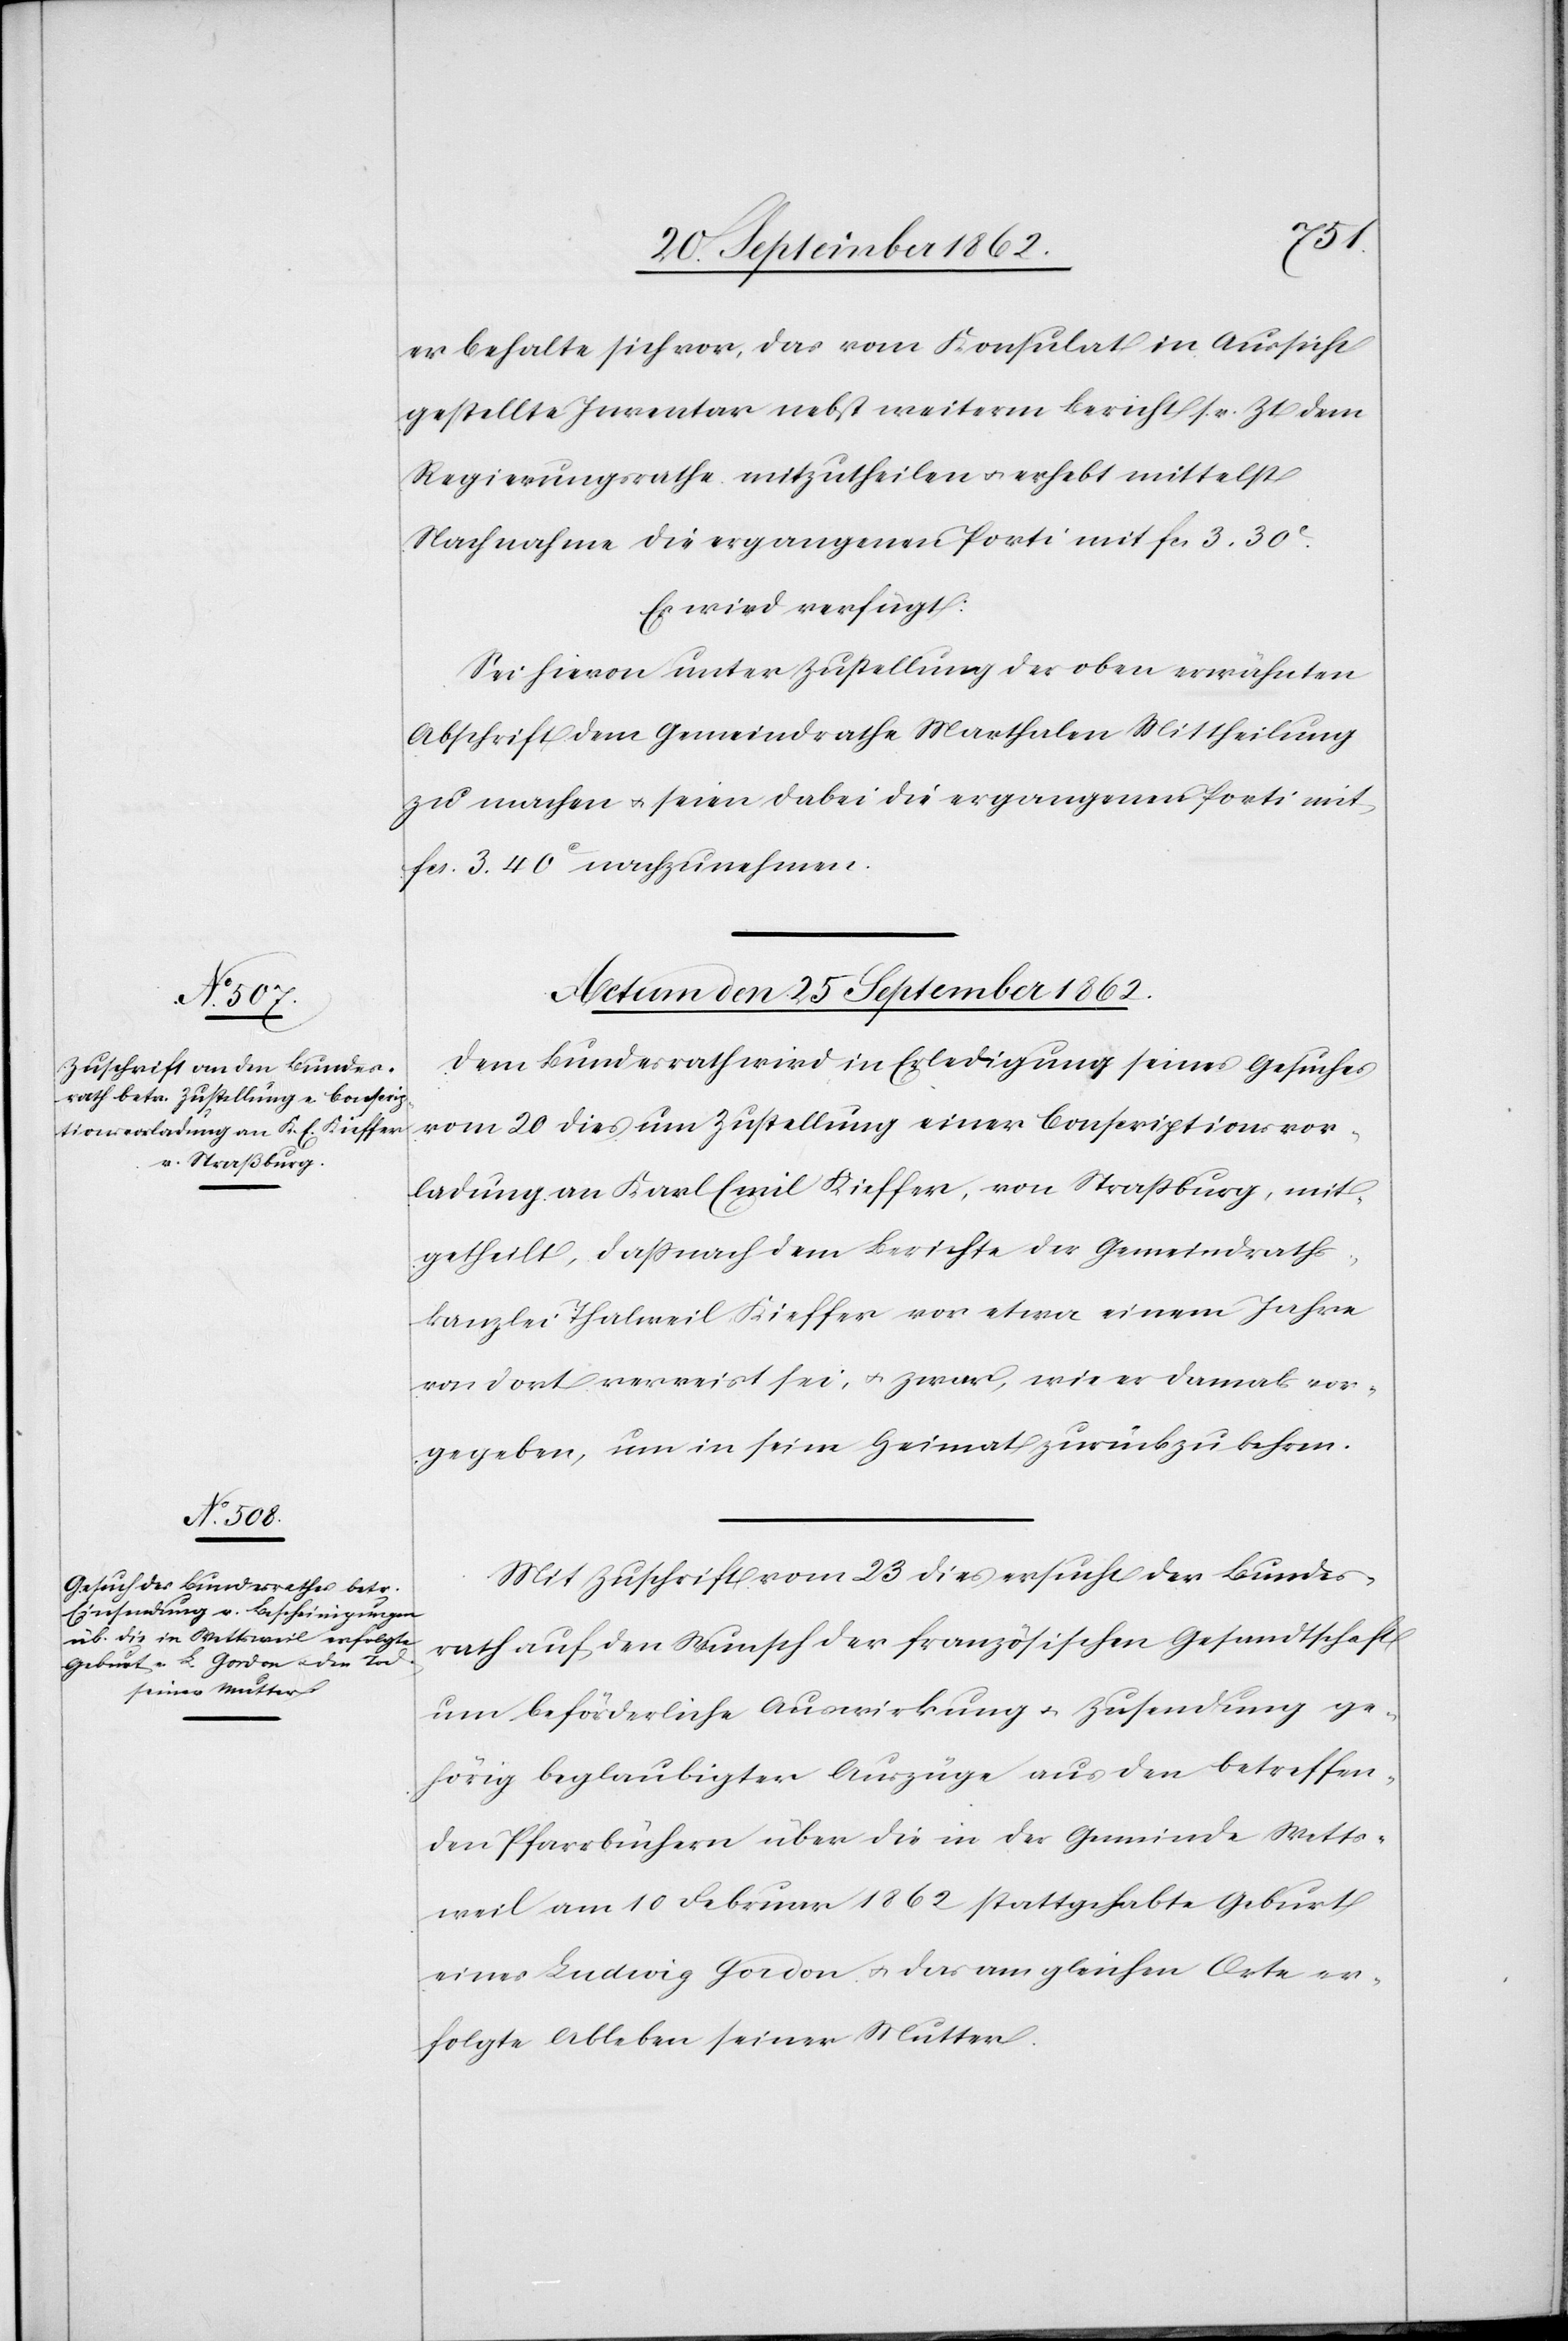
er behalte sich vor, das vom Konsulat in Aussicht
gestellte Inventar nebst weiterem Bericht sr. Zt. dem
Regierungsrathe mitzutheilen u. erhebt mittelst
Nachnahme die ergangenen Porti mit fcs. 3. 30C.
Es wird verfügt:
Sei hievon unter Zustellung der oben erwähnten
Abschrift dem Gemeindrathe Marthalen Mittheilung
zu machen u. seien dabei die ergangenen Porti mit
fcs. 3. 40C nachzunehmen.
Actum den 25. September 1862.]
Dem Bundesrath wird in Erledigung eines Gesuches
vom 20. dies um Zustellung einer Conscriptionsvor¬
ladung an Karl Emil Kieffer, von Straßburg, mit¬
getheilt, daß nach dem Berichte der Gemeindraths¬
kanzlei Thalweil Kieffer vor etwa einem Jahre
von dort verreist sei, u. zwar, wie er damals vor¬
gegeben, um in seine Heimat zurückzukehren.
Mit Zuschrift vom 23. dies ersucht der Bundes¬
rath auf den Wunsch der französischen Gesandtschaft
um beförderliche Auswirkung u. Zusendung ge¬
hörig beglaubigter Auszüge aus den betreffen¬
den Pfarrbüchern über die in der Gemeinde Wetts¬
weil am 10. Februar 1862 stattgehabten Geburt
eines Ludwig Gordon u. das am gleichen Orte er¬
folgte Ableben seiner Mutter.